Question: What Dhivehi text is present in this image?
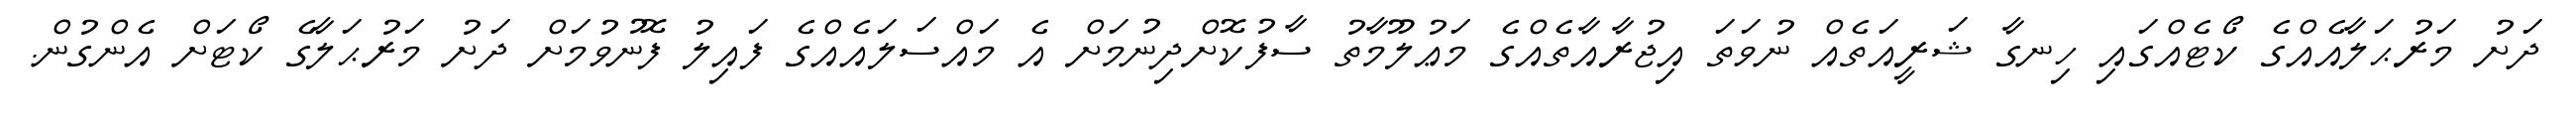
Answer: ދަށު މަރުޙަލާއެއްގެ ކޯޓެއްގައި ހިނގާ ޝަރީއަތެއް ނުވަތަ އިޖުރާއާތެއްގެ މަޢުލޫމާތު ސާފުކޮށްދިނުމަށް އެ މައްސަލައެއްގެ ފައިލު ފޮނުވުމަށް ދަށު މަރުޙަލާގެ ކޯޓަށް އެންގުން.